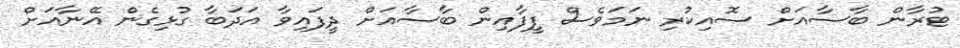
ޓުރާން ބާސާއަށް ސޮއިކުރި ނަމަވެސް ފީފާއިން ބާސާއަށް ދީފައިވާ އަދަބާ ގުޅިގެން އޭނާއަށް